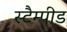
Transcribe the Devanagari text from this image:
स्टैम्पीड